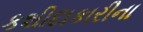
કશીદાકારીના